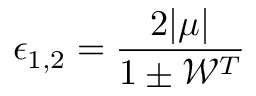
\epsilon _ { 1 , 2 } = \frac { 2 | \mu | } { 1 \pm \mathcal { W } ^ { T } }